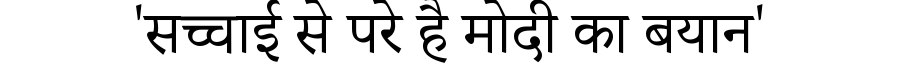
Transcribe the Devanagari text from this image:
'सच्चाई से परे है मोदी का बयान'